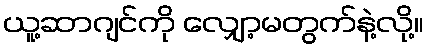
ယူ့ဆာဂျင်ကို လျှော့မတွက်နဲ့လို့။